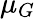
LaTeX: \mu_{G}